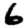
Digit: 6